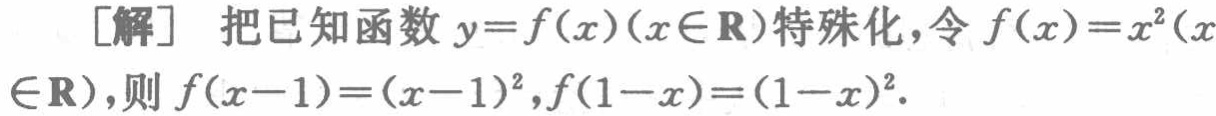
[解] 把已知函数 \(y = f(x)(x\in\mathbf{R})\) 特殊化，令 \(f(x)=x^{2}(x\in\mathbf{R})\)，则 \(f(x - 1)=(x - 1)^{2},f(1 - x)=(1 - x)^{2}\)。